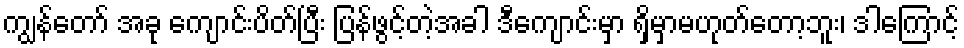
ကျွန်တော် အခု ကျောင်းပိတ်ပြီး ပြန်ဖွင့်တဲ့အခါ ဒီကျောင်းမှာ ရှိမှာမဟုတ်တော့ဘူး၊ ဒါကြောင့်